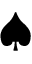
\spadesuit